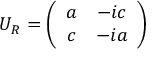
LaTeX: U _ { R } = \left( \begin{array} { c c } { { a } } & { { - i c } } \\ { { c } } & { { - i a } } \end{array} \right)